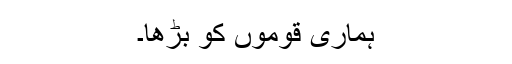
ہماری قوموں کو بڑھا۔